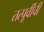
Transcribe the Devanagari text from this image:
तत्पूर्वींचीं